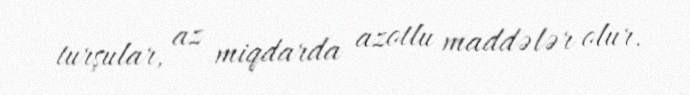
turşular, az miqdarda azotlu maddələr olur.